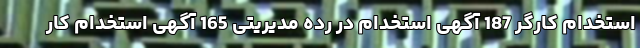
استخدام کارگر 187 آگهی استخدام در رده مدیریتی 165 آگهی استخدام کار